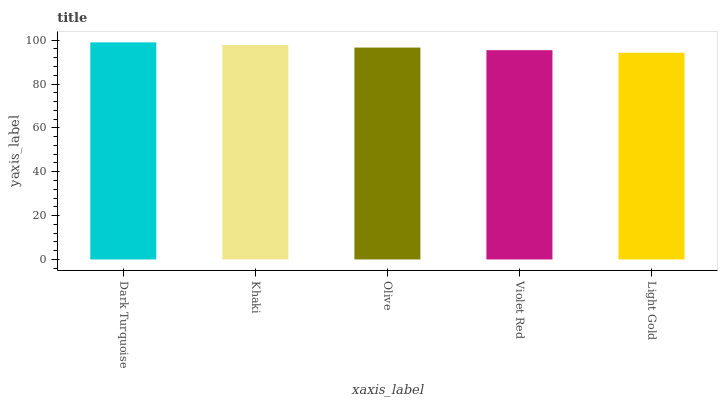
| xaxis_label | bars |
 | --- | --- |
 | Dark Turquoise | 99 |
 | Khaki | 97.8 |
 | Olive | 96.6 |
 | Violet Red | 95.4 |
 | Light Gold | 94.3 |